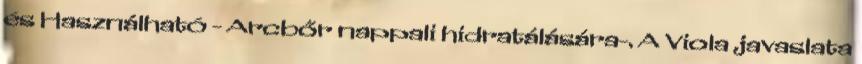
és Használható - Arcbőr nappali hidratálására-. A Viola javaslata